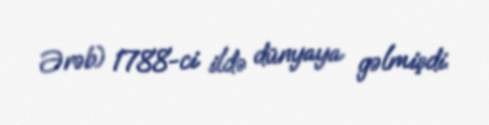
Ərəb) 1788-ci ildə dünyaya gəlmişdi.